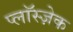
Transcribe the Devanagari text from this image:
प्लाॅस्ज़ेक